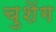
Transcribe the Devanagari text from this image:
चुशेंग